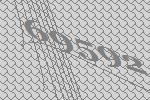
69592